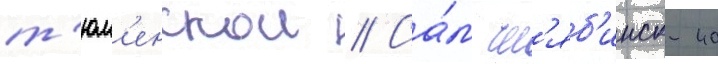
т'юм'енскои // Са́м чел'яб'инск-40